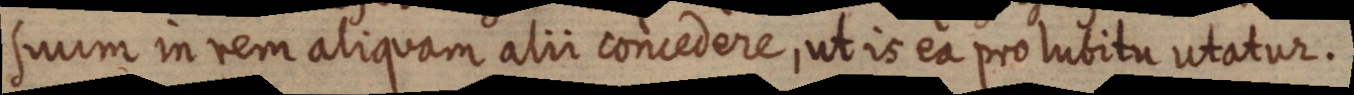
suum in rem aliquam alii concedere, ut is ea pro lubitu utatur.